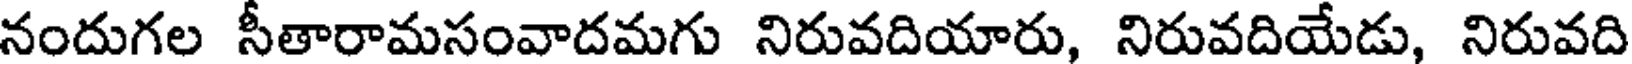
నందుగల సీతారామసంవాదమగు నిరువదియారు, నిరువదియేడు, నిరువది